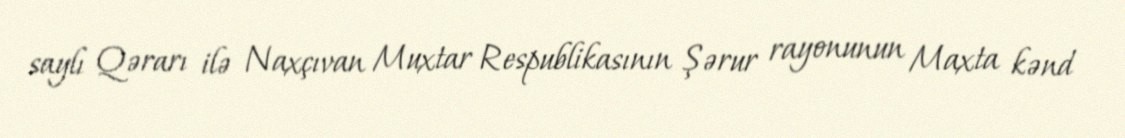
saylı Qərarı ilə Naxçıvan Muxtar Respublikasının Şərur rayonunun Maxta kənd